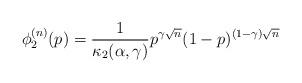
LaTeX: \begin{align*}\phi_2^{(n)}(p) = \frac{1}{\kappa_2(\alpha,\gamma)} p^{\gamma \sqrt{n}} (1-p)^{(1-\gamma)\sqrt{n}}\end{align*}